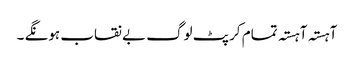
آہستہ آہستہ تمام کرپٹ لوگ بے نقاب ہونگے ۔